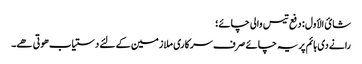
شائ الأول : دفع تیس والی چائے؛
رانے دی ہائم پر یہ چائے صرف سرکاری ملازمین کے لئے دستیاب ھوتی ھے۔